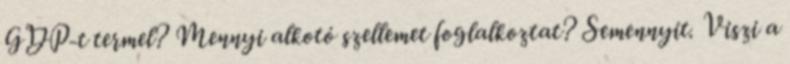
GDP-t termel? Mennyi alkotó szellemet foglalkoztat? Semennyit. Viszi a